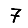
Digit: 7